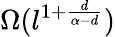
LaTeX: \Omega(l^{1+\frac{d}{\alpha-d}})